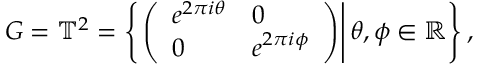
G = \mathbb { T } ^ { 2 } = \left\{ \left. \left( { \begin{array} { l l } { e ^ { 2 \pi i \theta } } & { 0 } \\ { 0 } & { e ^ { 2 \pi i \phi } } \end{array} } \right) \right| \theta , \phi \in \mathbb { R } \right\} ,